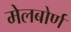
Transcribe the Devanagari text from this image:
मेलबोर्ण